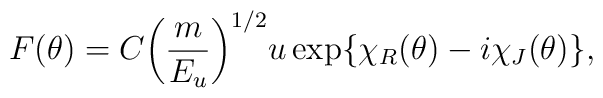
F(\theta)=C{\left( \frac{m}{E_{u}} \right)}^{1/2}u\exp\{\chi_{R}(\theta)-i\chi_{J}(\theta)\},